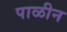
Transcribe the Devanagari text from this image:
पाळीन